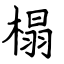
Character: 榻